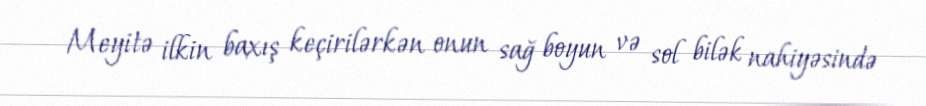
Meyitə ilkin baxış keçirilərkən onun sağ boyun və sol bilək nahiyəsində